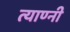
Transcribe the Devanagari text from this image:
त्याण्नी